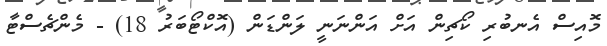
މޮއިސް އެނބުރި ކޯޗިން އަށް އަންނަނީ ލަންޑަން (އޮކްޓޯބަރު 18) - މެންޗެސްޓާ